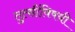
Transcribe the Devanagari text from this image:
तुत्‍सींविषयी